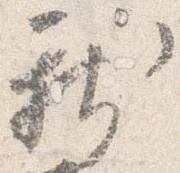
新